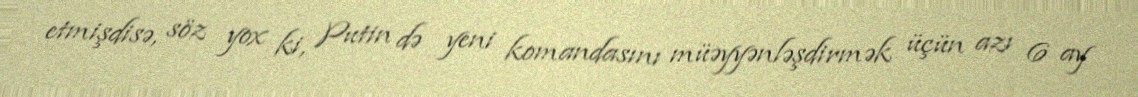
etmişdisə, söz yox ki, Putin də yeni komandasını müəyyənləşdirmək üçün azı 6 ay